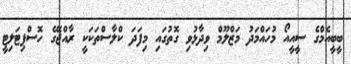
ބީބީއެމްގެ ސީއީއޯ މުހައްމަދު މަޒްލޫމް ވިދާޅުވި ގޮތުގައި މިފަދަ ކްލާސްތަކަކީ ރާއްޖޭގެ ހޮސްޕިޓަލިޓީ